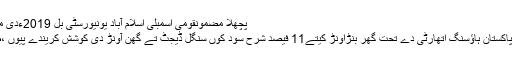
پچھلا مضمونقومی اسمبلی اسلام آباد یونیورسٹی بل 2019ءدی منظوری ڈے ڈتی
اگلا مضموننواں پاکستان ہاﺅسنگ اتھارٹی دے تحت گھر بنڑاونڑ کیتے11 فیصد شرح سود کوں سنگل ڈیجٹ تے گھن آونڑ دی کوشش کریندے پیوں ،طارق بشیر چیمہ